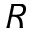
R